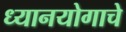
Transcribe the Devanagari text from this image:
ध्यानयोगाचे